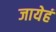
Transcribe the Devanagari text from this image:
जायेहं